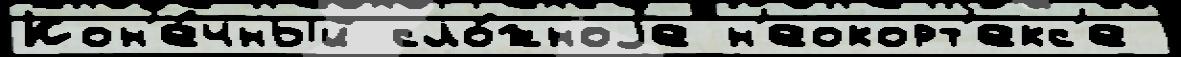
Кон'е́чный сло́жноjе н'еокорт'екс'е